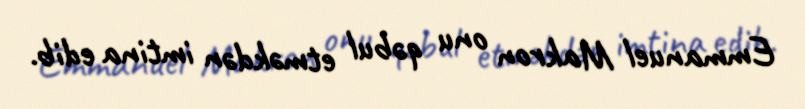
Emmanuel Makron onu qəbul etməkdən imtina edib.